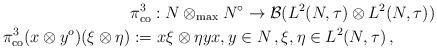
LaTeX: \begin{align*}&\pi^3_{\rm co}:N\otimes_{\rm max}N^\circ\rightarrow \mathcal{B}(L^2(N,\tau)\otimes L^2(N,\tau)) \\\pi^3_{\rm co} (x\otimes y^o)(\xi\otimes\eta)&:=x\xi\otimes\eta yx, y\in N\, ,\xi, \eta\in L^2(N,\tau)\, , \\\end{align*}